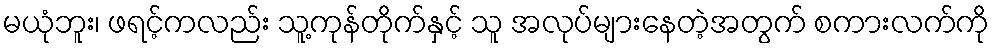
မယုံဘူး၊ ဖရင့်ကလည်း သူ့ကုန်တိုက်နှင့် သူ အလုပ်များနေတဲ့အတွက် စကားလက်ကို